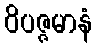
ဝိပဇ္ဇမာနံ